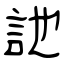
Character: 訑